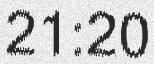
21:20